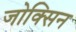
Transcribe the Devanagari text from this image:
जोक्सिन